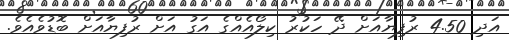
އަދި 4.50 ރުފިޔާއަށް ދޭ ހަކުރު ކިލޯއެއްގެ އަގު އަށް ރުފިޔާއަށް ބޮޑުވެއެވެ.